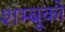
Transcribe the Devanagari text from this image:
शम्बूको